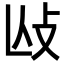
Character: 𢻲